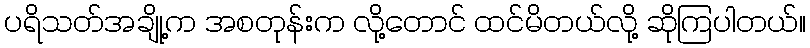
ပရိသတ်အချို့က အစတုန်းက လို့တောင် ထင်မိတယ်လို့ ဆိုကြပါတယ်။